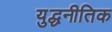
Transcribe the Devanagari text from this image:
युद्धनीतिक